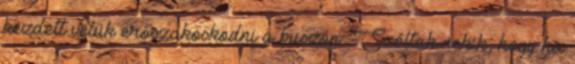
kezdett velük erőszakoskodni a buszon. Szóltak nekik, hogy ha